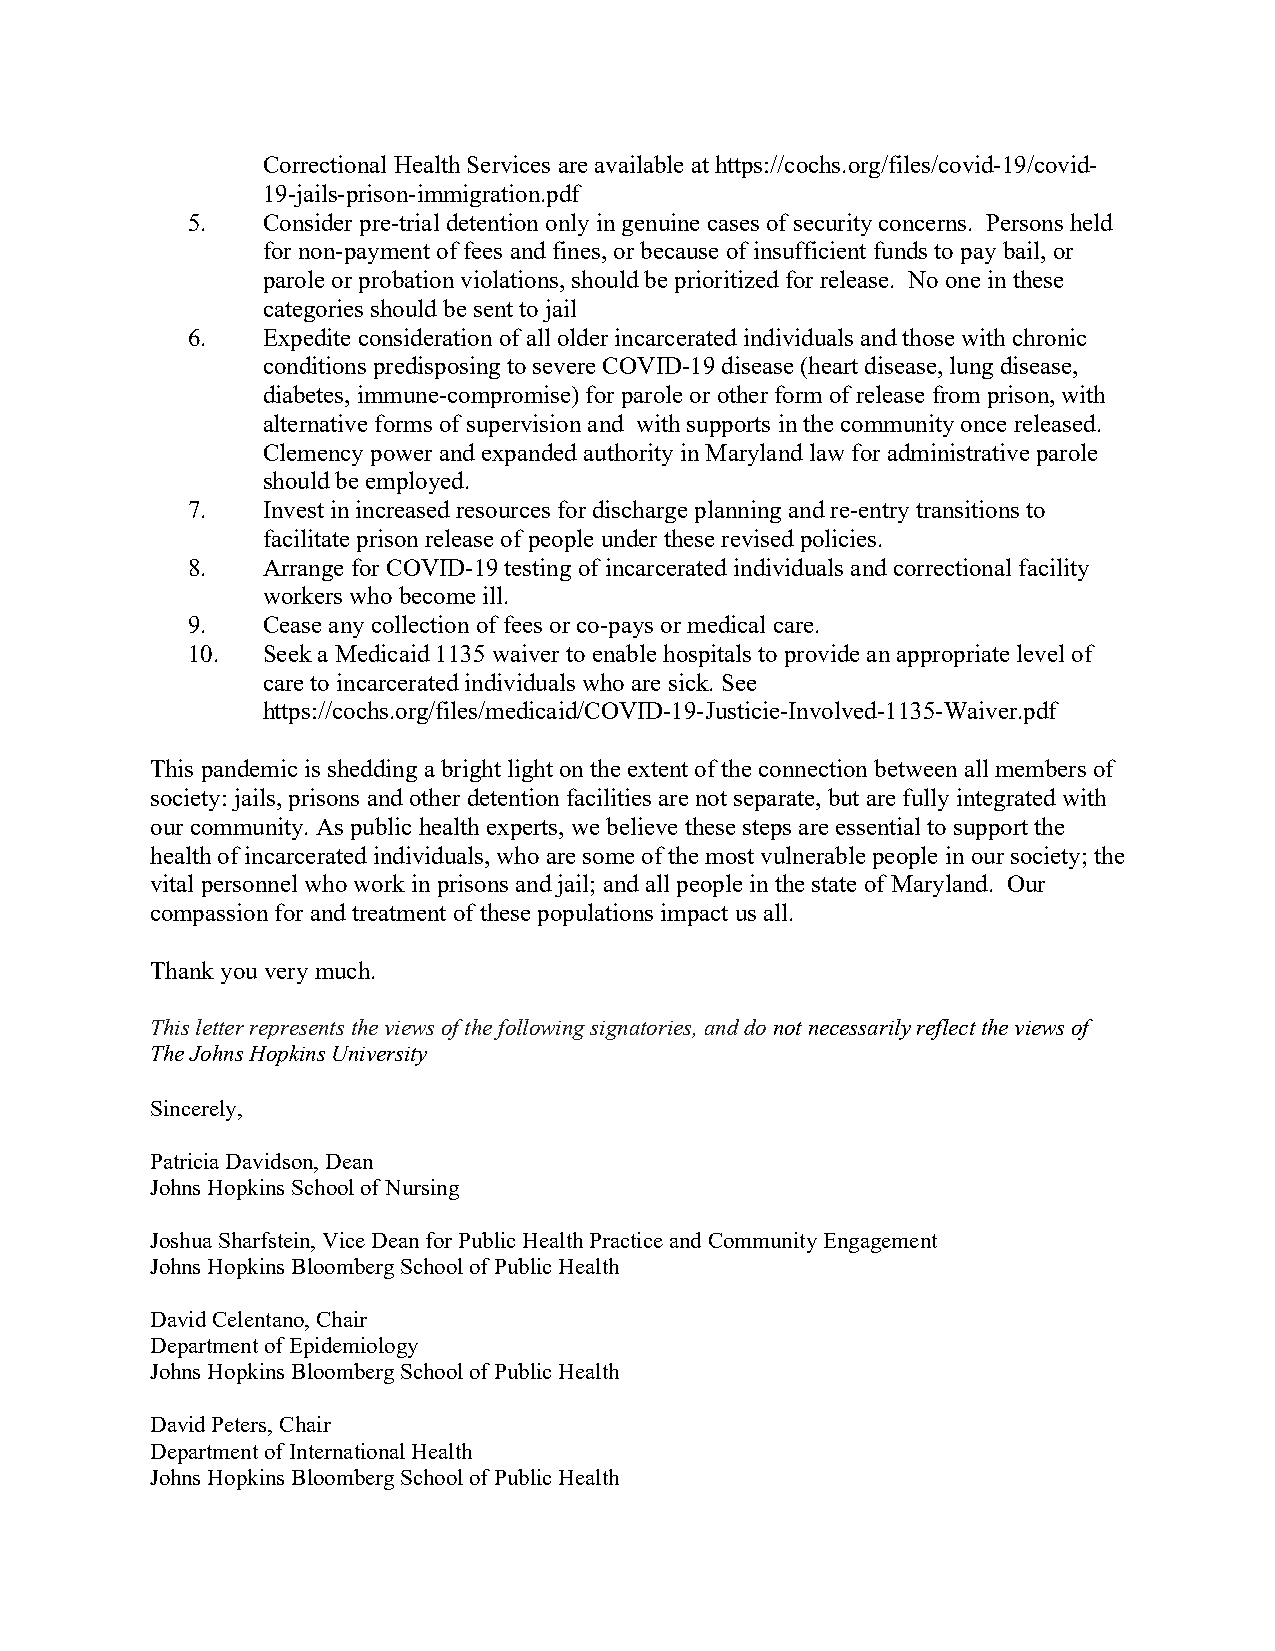
Correctional Health Services are available at https://cochs.org/files/covid-19/covid-
 19-jails-prison-immigration.pdf
 5.   Consider pre-trial detention only in genuine cases of security concerns. Persons held
 for non-payment of fees and fines, or because of insufficient funds to pay bail, or
 parole or probation violations, should be prioritized for release. No one in these
 categories should be sent to jail
 6.   Expedite consideration of all older incarcerated individuals and those with chronic
 conditions predisposing to severe COVID-19 disease (heart disease, lung disease,
 diabetes, immune-compromise) for parole or other form of release from prison, with
 alternative forms of supervision and with supports in the community once released.
 Clemency power and expanded authority in Maryland law for administrative parole
 should be employed.
 7.   Invest in increased resources for discharge planning and re-entry transitions to
 facilitate prison release of people under these revised policies.
 8.   Arrange for COVID-19 testing of incarcerated individuals and correctional facility
 workers who become ill.
 9.   Cease any collection of fees or co-pays or medical care.
 10.  Seek a Medicaid 1135 waiver to enable hospitals to provide an appropriate level of
 care to incarcerated individuals who are sick. See
 https://cochs.org/files/medicaid/COVID-19-Justicie-Involved-1135-Waiver.pdf
 This pandemic is shedding a bright light on the extent of the connection between all members of
 society: jails, prisons and other detention facilities are not separate, but are fully integrated with
 our community. As public health experts, we believe these steps are essential to support the
 health of incarcerated individuals, who are some of the most vulnerable people in our society; the
 vital personnel who work in prisons and jail; and all people in the state of Maryland. Our
 compassion for and treatment of these populations impact us all.
 Thank you very much.
 This letter represents the views of the following signatories, and do not necessarily reflect the views of
 The Johns Hopkins University
 Sincerely,
 Patricia Davidson, Dean
 Johns Hopkins School of Nursing
 Joshua Sharfstein, Vice Dean for Public Health Practice and Community Engagement
 Johns Hopkins Bloomberg School of Public Health
 David Celentano, Chair
 Department of Epidemiology
 Johns Hopkins Bloomberg School of Public Health
 David Peters, Chair
 Department of International Health
 Johns Hopkins Bloomberg School of Public Health